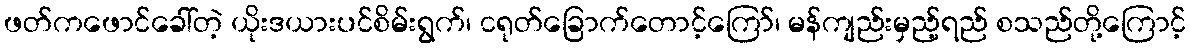
ဖတ်ကဖောင်ခေါ်တဲ့ ယိုးဒယားပင်စိမ်းရွက်၊ ငရုတ်ခြောက်တောင့်ကြော်၊ မန်ကျည်းမှည့်ရည် စသည်တို့ကြောင့်